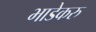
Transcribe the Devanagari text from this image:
भाडेकरु